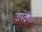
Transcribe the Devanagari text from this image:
उपदेशाः